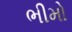
ભીમો